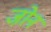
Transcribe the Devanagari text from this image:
जो़न